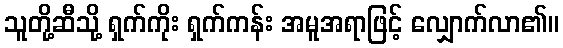
သူတို့ဆီသို့ ရှက်ကိုး ရှက်ကန်း အမူအရာဖြင့် လျှောက်လာ၏။